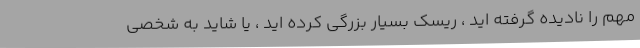
مهم را نادیده گرفته اید ، ریسک بسیار بزرگی کرده اید ، یا شاید به شخصی